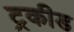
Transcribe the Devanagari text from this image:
ट्रकीड